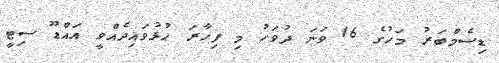
ޑިސެމްބަރު މަހުގެ 16 ވަނަ ދުވަހު މި ފިހާރަ ހުޅުވައިދެއްވީ އައްޑޫ ސިޓީ